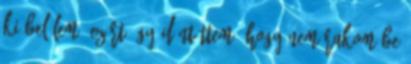
ki belőlem, ezért úgy döntöttem, hogy nem rakom be